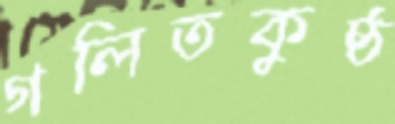
গলিতকুষ্ঠ